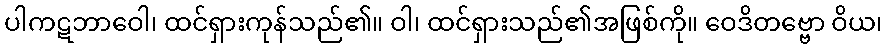
ပါကဋဘာဝေါ၊ ထင်ရှားကုန်သည်၏။ ဝါ၊ ထင်ရှားသည်၏အဖြစ်ကို။ ဝေဒိတဗ္ဗော ဝိယ၊